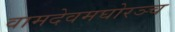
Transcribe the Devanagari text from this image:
वामदेवमघोरञ्च